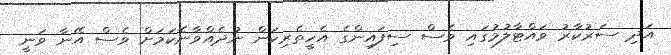
އަދި ސަރުކާރު ވައްޓާލުމުގައި ވެސް ސިފައިންގެ އެހީތެރިކަން ނުދެއްވާނެކަމަށް ވެސް އޭނާ ވަނީ